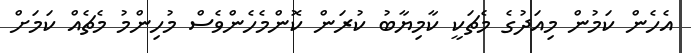
އެހެން ކަމުން މިއަދުގެ މެޗަކީ ކާމިޔާބު ކުރަން ކޮންމެހެންވެސް މުހިންމު މެޗެއް ކަމަށް